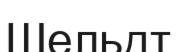
Шельдт